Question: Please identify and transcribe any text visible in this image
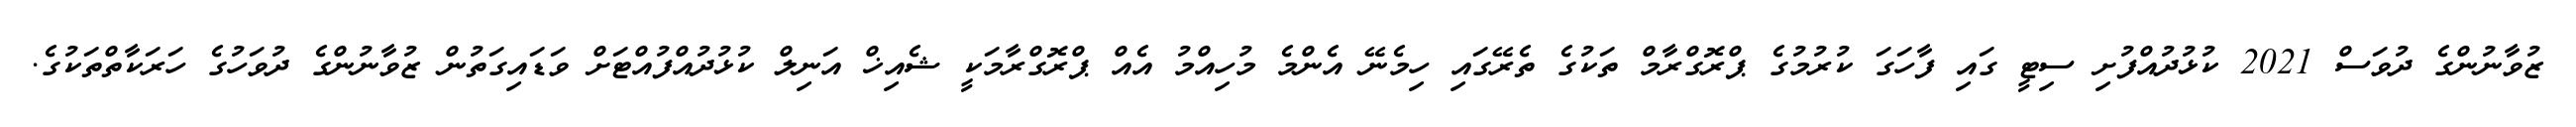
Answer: ޒުވާނުންގެ ދުވަސް 2021 ކުޅުދުއްފުށި ސިޓީ ގައި ފާހަގަ ކުރުމުގެ ޕްރޮގްރާމް ތަކުގެ ތެރޭގައި ހިމެނޭ އެންމެ މުހިއްމު އެއް ޕްރޮގްރާމަކީ ޝެއިޚް އަނިލް ކުޅުދުއްފުއްޓަށް ވަޑައިގަތުން ޒުވާނުންގެ ދުވަހުގެ ހަރަކާތްތަކުގެ.